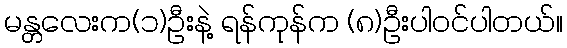
မန္တလေးက(၁)ဦးနဲ့ ရန်ကုန်က (၈)ဦးပါဝင်ပါတယ်။